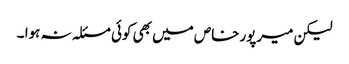
لیکن میرپورخاص میں بھی کوئی مسئلہ نہ ہوا ۔